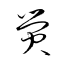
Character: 熒